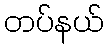
တပ်နယ်